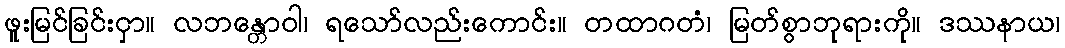
ဖူးမြင်ခြင်းငှာ။ လဘန္တောဝါ၊ ရသော်လည်းကောင်း။ တထာဂတံ၊ မြတ်စွာဘုရားကို။ ဒဿနာယ၊